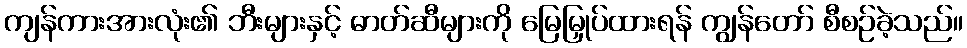
ကျန်ကားအားလုံး၏ ဘီးများနှင့် ဓာတ်ဆီများကို မြေမြှုပ်ထားရန် ကျွန်တော် စီစဉ်ခဲ့သည်။